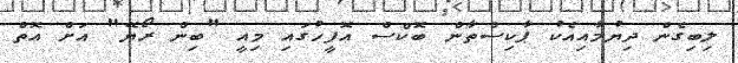
ލިބިގެން ދިޔުމާއިއެކު ޕާކިސްތާން ބޮކްސް އޮފީހުގައި މިއީ "ބިން ރޯޔޭ" އަށް އޮތް